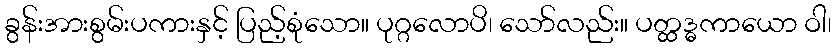
ခွန်းအားစွမ်းပကားနှင့် ပြည့်စုံသော။ ပုဂ္ဂလောပိ၊ သော်လည်း။ ပတ္ထဒ္ဓကာယော ဝါ၊